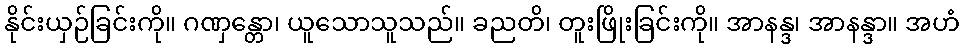
နိုင်းယှဉ်ခြင်းကို။ ဂဏှန္တော၊ ယူသောသူသည်။ ခညတိ၊ တူးဖြိုးခြင်းကို။ အာနန္ဒ၊ အာနန္ဒာ။ အဟံ